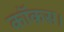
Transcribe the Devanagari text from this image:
कॉकस।